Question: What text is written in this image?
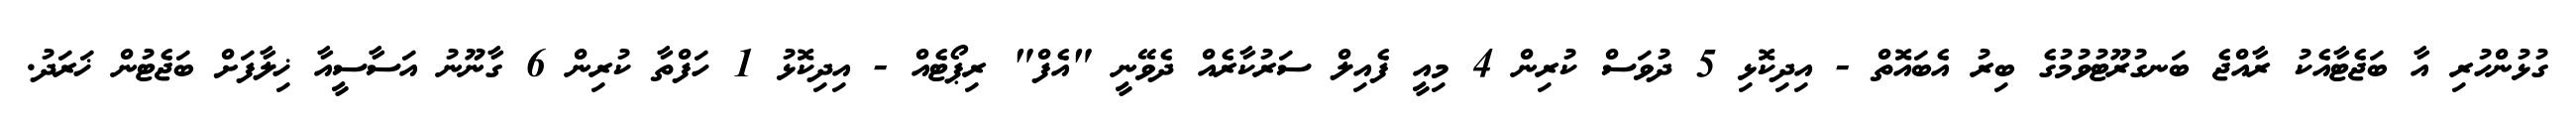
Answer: ގުޅުންހުރި އާ ބަޖެޓާއެކު ރާއްޖެ ބަނގުރޫޓުވުމުގެ ބިރު އެބައޮތް - އިދިކޮޅި 5 ދުވަސް ކުރިން 4 މިއީ ފެއިލް ސަރުކާރެއް ދެވޭނީ "އެފް" ރިޕޯޓެއް - އިދިކޮޅު 1 ހަފްތާ ކުރިން 6 ގާނޫނު އަސާސީއާ ޚިލާފަށް ބަޖެޓުން ޚަރަދު.